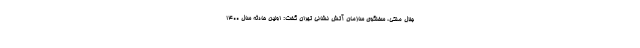
جلال ملکی، سخنگوی سازمان آتش نشانی تهران گفت: اولین حادثه سال ۱۴۰۰